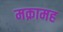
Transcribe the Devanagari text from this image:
मक़ामह